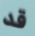
قد